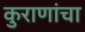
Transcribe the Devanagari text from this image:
कुराणांचा